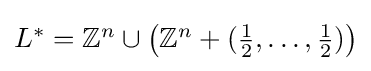
{\textstyle L^{*}=\mathbb {Z} ^{n}\cup \left(\mathbb {Z} ^{n}+({\frac {1}{2}},\ldots ,{\frac {1}{2}})\right)}